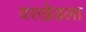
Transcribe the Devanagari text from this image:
वरखेडला